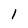
Character: l